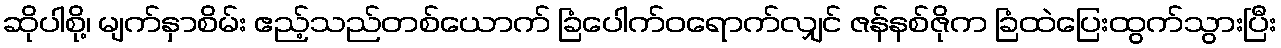
ဆိုပါစို့၊ မျက်နှာစိမ်း ဧည့်သည်တစ်ယောက် ခြံပေါက်ဝရောက်လျှင် ဇန်နစ်ဇိုက ခြံထဲပြေးထွက်သွားပြီး